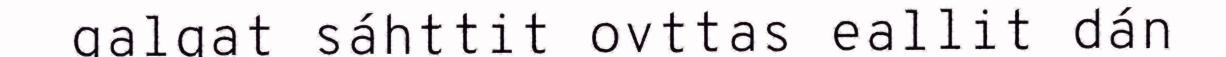
galgat sáhttit ovttas eallit dán